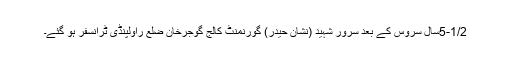
5-1/2سال سروس کے بعد سرور شہید (نشان حیدر) گورنمنٹ کالج گوجرخان ضلع راولپنڈی ٹرانسفر ہو گئے۔